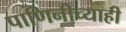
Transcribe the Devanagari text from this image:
पाणिनीच्याही